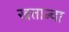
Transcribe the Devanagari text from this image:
खतान्चा